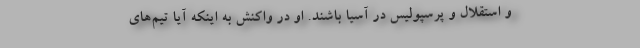
و استقلال و پرسپولیس در آسیا باشند. او در واکنش به اینکه آیا تیم‌های